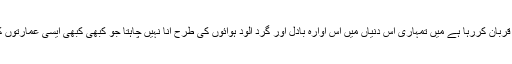
میں تمہاری اس دنیا میں نہیں آنا چاہتا جہا ں تمہارا شوہر تمہاری ہر خوشی کے لئے خود کو قربان کررہا ہے میں تمہاری اس دنیاں میں اس آوارہ بادل اور گرد آلود ہوائوں کی طرح آنا نہیں چاہتا جو کبھی کبھی ایسی عمارتوں کو بھی لے اڑتا ہے جہاں خواب غفلت اور اعتماد کے ساتھ لوگ نیند کی آغوش میں ہوتے ہیں۔